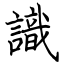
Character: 識